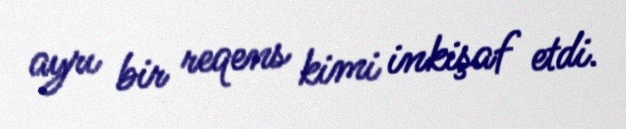
ayrı bir reqens kimi inkişaf etdi.